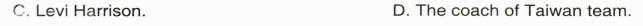
C. Levi Harrison. D. The coach of Taiwan team.